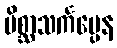
မိစ္ဆာသင်္ကပ္ပေန